Indian journal of veterinary science and animal husbandry - Volume 12,
Year: 1942
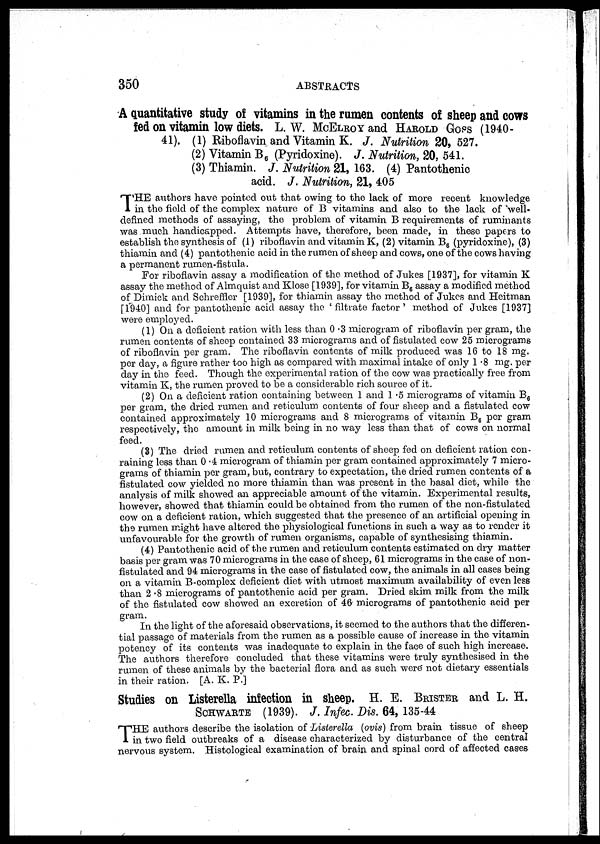
350
ABSTRACTS
A quantitative study of vitamins in the rumen contents of sheep and cows
fed on vitamin low diets. L. W. McELROY and HAROLD GOSS (1940-
41). (1) Riboflavin and Vitamin K. J. Nutrition 20, 527.
(2) Vitamin B 6 (Pyridoxine). J. Nutrition, 20, 541.
(3) Thiamin. J. Nutrition 21, 163. (4) Pantothenic
acid. J. Nutrition, 21, 405
T HE authors have pointed out that owing to the lack of more recent knowledge
in the field of the complex nature of B vitamins and also to the lack of well-
defined methods of assaying, the problem of vitamin B requirements of ruminants
was much handicapped. Attempts have, therefore, been made, in these papers to
establish the synthesis of (1) riboflavin and vitamin K, (2) vitamin B 6 (pyridoxine), (3)
thiamin and (4) pantothenic acid in the rumen of sheep and cows, one of the cows having
a permanent rumen-fistula.
For riboflavin assay a modification of the method of Jukes [1937], for vitamin K
assay the method of Almquist and Klose [1939], for vitamin B 6 assay a modified method
of Dimick and Schreffler [1939], for thiamin assay the method of Jukes and Heitman
[1940] and for pantothenic acid assay the 'filtrate factor' method of Jukes [1937]
were employed.
(1) On a deficient ration with less than 0.3 microgram of riboflavin per gram, the
rumen contents of sheep contained 33 micrograms and of fistulated cow 25 micrograms
of riboflavin per gram. The riboflavin contents of milk produced was 16 to 18 mg.
per day, a figure rather too high as compared with maximal intake of only 1.8 mg. per
day in the feed. Though the experimental ration of the cow was practically free from
vitamin K, the rumen proved to be a considerable rich source of it.
(2) On a deficient ration containing between 1 and 1.5 micrograms of vitamin B 6
per gram, the dried rumen and reticulum contents of four sheep and a fistulated cow
contained approximately 10 micrograms and 8 micrograms of vitamin B 6 per gram
respectively, the amount in milk being in no way less than that of cows on normal
feed.
(3) The dried rumen and reticulum contents of sheep fed on deficient ration con-
raining less than 0.4 microgram of thiamin per gram contained approximately 7 micro-
grams of thiamin per gram, but, contrary to expectation, the dried rumen contents of a
fistulated cow yielded no more thiamin than was present in the basal diet, while the
analysis of milk showed an appreciable amount of the vitamin. Experimental results,
however, showed that thiamin could be obtained from the rumen of the non-fistulated
cow on a deficient ration, which suggested that the presence of an artificial opening in
the rumen might have altered the physiological functions in such a way as to render it
unfavourable for the growth of rumen organisms, capable of synthesising thiamin.
(4) Pantothenic acid of the rumen and reticulum contents estimated on dry matter
basis per gram was 70 micrograms in the case of sheep, 61 micrograms in the case of non-
fistulated and 94 micrograms in the case of fistulated cow, the animals in all cases being
on a vitamin B-complex deficient diet with utmost maximum availability of even less
than 2.8 micrograms of pantothenic acid per gram. Dried skim milk from the milk
of the fistulated cow showed an excretion of 46 micrograms of pantothenic acid per
gram.
In the light of the aforesaid observations, it seemed to the authors that the differen-
tial passage of materials from the rumen as a possible cause of increase in the vitamin
potency of its contents was inadequate to explain in the face of such high increase.
The authors therefore concluded that these vitamins were truly synthesised in the
rumen of these animals by the bacterial flora and as such were" not dietary essentials
in their ration. [A. K. P.]
Studies on Listerella infection in sheep. H. E. BRISTER and L. H,
SCHWARTE (1939). J. Infec. Dis. 64, 135-44
T HE authors describe the isolation of Listerella (ovis) from brain tissue of sheep
in two field outbreaks of a disease characterized by disturbance of the central
nervous system. Histological examination of brain and spinal cord of affected cases